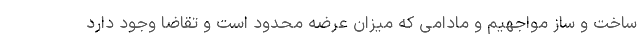
ساخت و ساز مواجهیم و مادامی که میزان عرضه محدود است و تقاضا وجود دارد